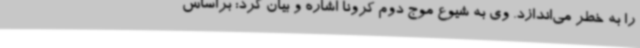
را به خطر می‌اندازد. وی به شیوع موج دوم کرونا اشاره و بیان کرد: براساس